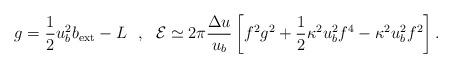
LaTeX: \begin{align*}g=\frac{1}{2}u^2_bb_{\rm ext}-L\ \ ,\ \ {\cal E}\simeq 2\pi\frac{\Delta u}{u_b}\left[f^2g^2+\frac{1}{2}\kappa^2u^2_bf^4-\kappa^2u^2_bf^2\right].\end{align*}